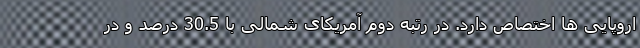
اروپایی ها اختصاص دارد. در رتبه دوم آمریکای شمالی با 30.5 درصد و در